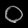
Digit: ၀